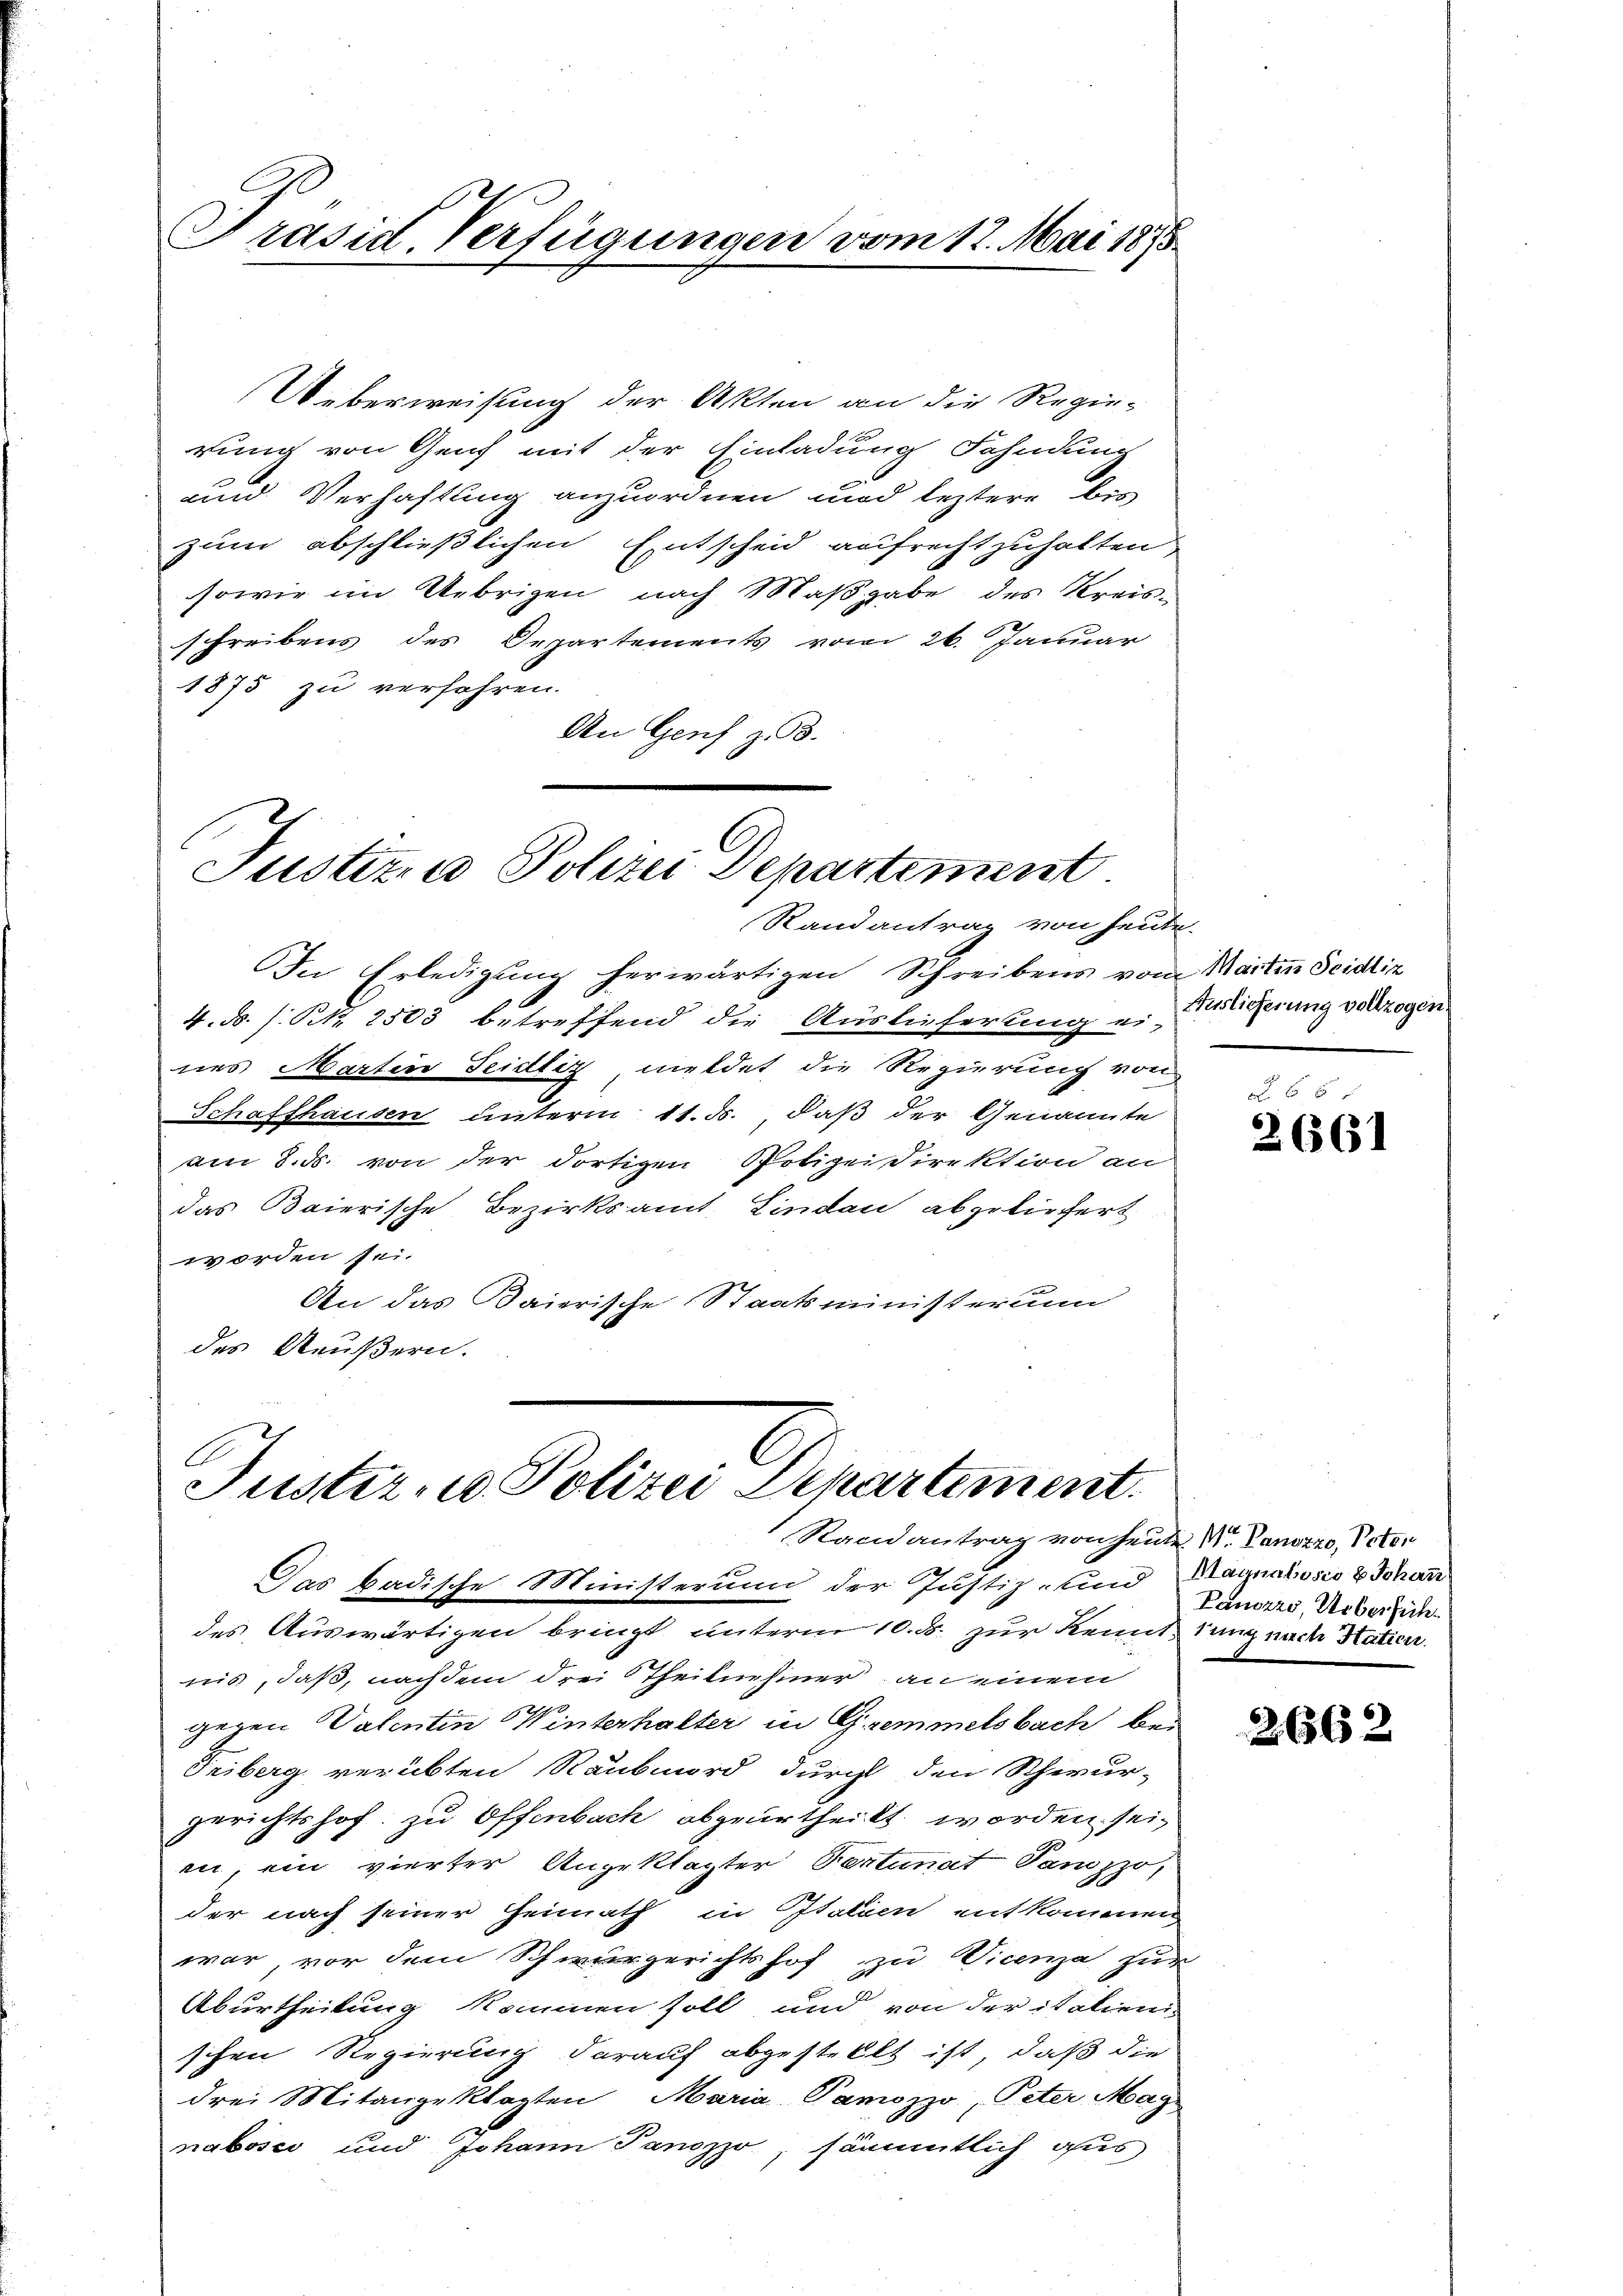
Präsid. Verfügungen vom 12. Mai 1875.

Ueberweisung der Akten an die Regie-
rung von Genf mit der Einladung Fahndung
und Verhaftung anzuordnen und leztere bis
zum abschließlichen Entscheid aufrechtzuhalten
sowie im Uebrigen nach Maßgabe des Kreisschreibens des Departements vom 26. Januar
1873 zu verfahren.
An Genf z. B.

In Erledigung herwärtigen Schreibens vom Martin Seidlin
4. d. s. S. 2503 betreffend die Auslieferung u. Policherung vollzogen
nes Martin Seidliz meldet die Regierung von
Schaffhausen unterm 11. ds., daß der Genannte
am 8. ds. von der dortigen Polizeidirektion an
das Baierische Bezirksamt Lindau abzuliefert
worden sei.
An das Baierische Staatsministerium
des Aeußern.

Das badische Ministerum der Justiz- und Magnabosco & Schan
des Auswärtigen bringt unterm 10. d. zur Kennt sung nach Hatten.
nis, daß, nach dem drei theilnehmer an einem
gegen Valentin Winterhalter in Gremmelsbach bei
Friberg verübten Raubmord durch den Scheur-
gerichtshof zu Offenbach abgeurtheilt worden sei,
in, ein vierter Angeklagter Pertinat Panzzo
der nach seiner Heimath in Italien entkommen
war, vor dem Schwurgerichtshof zu Vicenza zur
Aburtheilung kommen soll und von der italien-
schen Regierung darauf abgestellt ist, daß die
drei Mitangeklagten Maria Pamozzo, Peter Mag
nabosco und Johann Panozzo, sämmtlich aus

Justizio Polizei Departement
Randantrag von heute.

Justiz- u Polizei Departement.
Randantrag von heute V. Panozzo, Vater

65 x
2661

Panozzo, Uebersich¬

2662